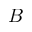
B